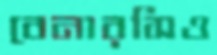
বেনারসিও